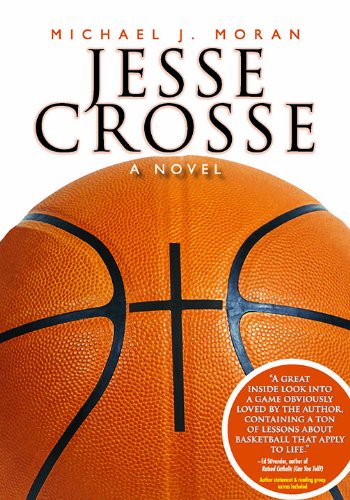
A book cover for Jesse Crosse: a novel; Michael J. Moran; Literature & Fiction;